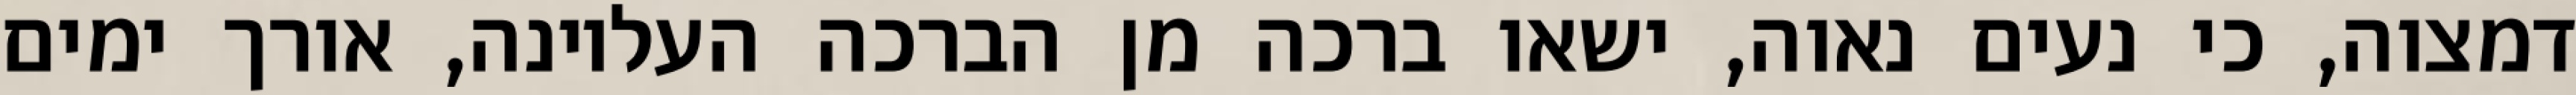
דמצוה, כי נעים נאוה, ישאו ברכה מן הברכה העליונה, אורך ימים